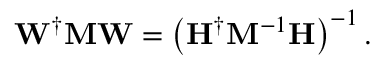
\mathbf { W } ^ { \dagger } \mathbf { M } \mathbf { W } = \left( \mathbf { H } ^ { \dagger } \mathbf { M } ^ { - 1 } \mathbf { H } \right) ^ { - 1 } .